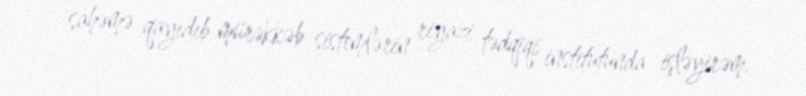
sahəmə qayıdıb mürəkkəb sistemlərin riyazi tədqiqi institutunda işləyirəm.